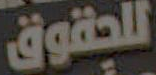
للحقوق